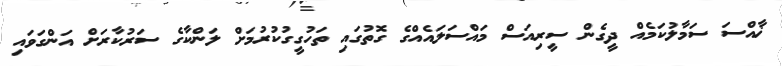
ޚާއްސަ ސަމާލުކަމެއް ދީގެން ސީރިއަސް މައްސަލައެއްގެ ގޮތުގައި ތަހުގީގުކުރުމަށް ލަންކާގެ ސަރުކާރަށް އަންގަވައި